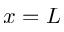
x = L